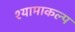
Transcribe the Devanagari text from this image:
श्यामाकल्प